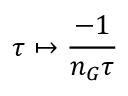
\tau \mapsto { \frac { - 1 } { n _ { G } \tau } }